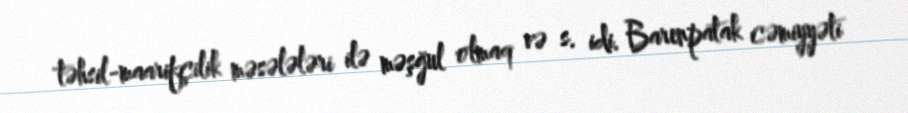
təhsil-maarifçilik məsələləri ilə məşğul olmaq və s. idi. Barenpatak cəmiyyəti